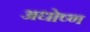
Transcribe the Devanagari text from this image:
अधोष्ण